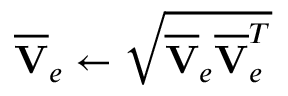
\overline { { \mathbf { V } } } _ { e } \leftarrow \sqrt { \overline { { \mathbf { V } } } _ { e } \overline { { \mathbf { V } } } _ { e } ^ { T } }